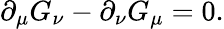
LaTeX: \partial_{\mu}G_{\nu}-\partial_{\nu}G_{\mu}=0.